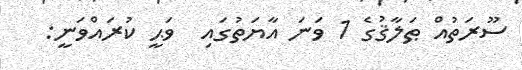
ސޫރަތުއް ޠަލާޤުގެ 1 ވަނަ އާޔަތުގައި  ވަޙީ ކުރައްވަނީ: